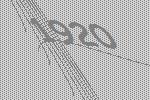
1920